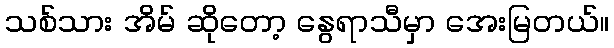
သစ်သား အိမ် ဆိုတော့ နွေရာသီမှာ အေးမြတယ်။